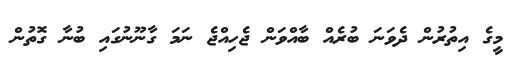
މީގެ އިތުރުން ދެވަނަ ބުރެއް ބާއްވަން ޖެހިއްޖެ ނަމަ ގާނޫނުގައި ބުނާ ގޮތުން